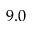
9 . 0